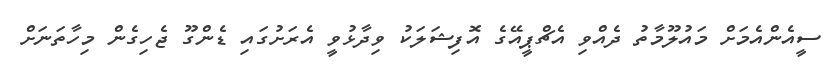
ސީއެންއެމަށް މައުލޫމާތު ދެއްވި އެޗްޕީއޭގެ އޮފިޝަލަކު ވިދާޅުވީ އެރަށުގައި ޑެންގޫ ޖެހިގެން މިހާތަނަށް